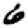
Digit: 6